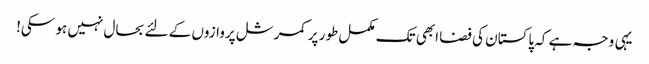
یہی وجہ ہے کہ پاکستان کی فضا ابھی تک مکمل طور پر کمرشل پروازوں کے لئے بحال نہیں ہو سکی!